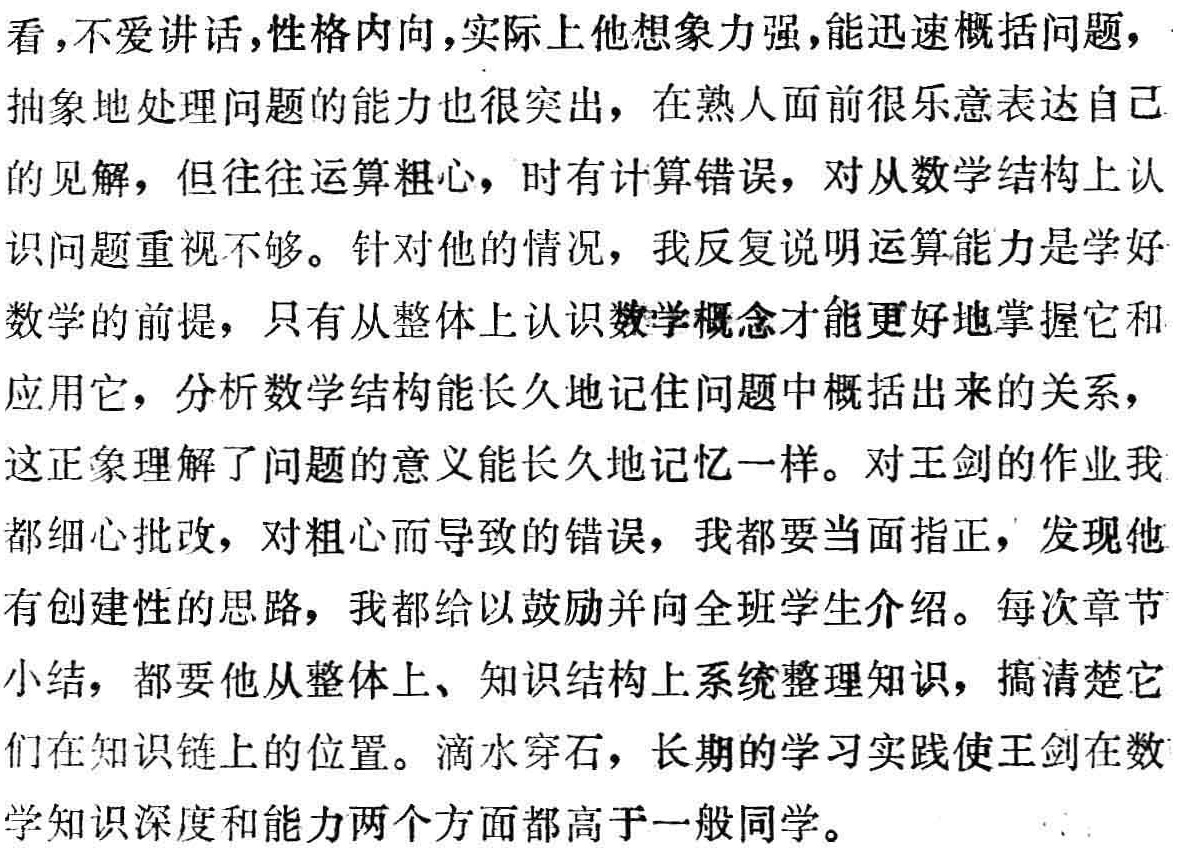
看,不爱讲话,性格内向,实际上他想象力强,能迅速概括问题,
抽象地处理问题的能力也很突出，在熟人面前很乐意表达自己
的见解，但往往运算粗心，时有计算错误，对从数学结构上认
识问题重视不够。针对他的情况，我反复说明运算能力是学好
数学的前提，只有从整体上认识数学概念才能更好地掌握它和
应用它，分析数学结构能长久地记住问题中概括出来的关系，
这正象理解了问题的意义能长久地记忆一样。对王剑的作业我
都细心批改，对粗心而导致的错误，我都要当面指正，发现他
有创建性的思路，我都给以鼓励并向全班学生介绍。每次章节
小结，都要他从整体上、知识结构上系统整理知识，搞清楚它
们在知识链上的位置。滴水穿石，长期的学习实践使王剑在数
学知识深度和能力两个方面都高于一般同学。